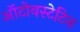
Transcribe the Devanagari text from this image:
ऑटोवस्टेटिन